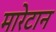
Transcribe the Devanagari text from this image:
मारेटान